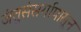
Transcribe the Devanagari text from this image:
जंतुसंसर्गापासून